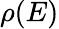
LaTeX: \rho(E)